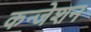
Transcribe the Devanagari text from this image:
कन्जेशन